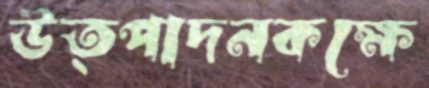
উত্পাদনকক্ষে